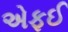
એફઈ